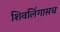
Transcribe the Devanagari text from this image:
शिवलिंगासच